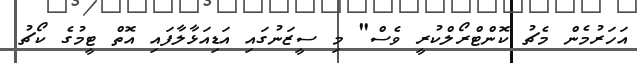
އަހަރުމެން މެޗު ކޮންޓްރޯލްކުރީ ވެސް" މި ސީޒަނުގައި އަޑިއަޅާލާފައި އޮތް ޓީމުގެ ކޯޗު